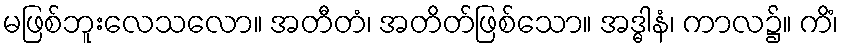
မဖြစ်ဘူးလေသလော။ အတီတံ၊ အတိတ်ဖြစ်သော။ အဒ္ဓါနံ၊ ကာလ၌။ ကိံ၊